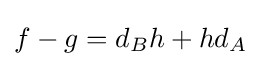
f-g=d_{B}h+hd_{A}